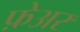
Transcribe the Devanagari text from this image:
फ़ेअर